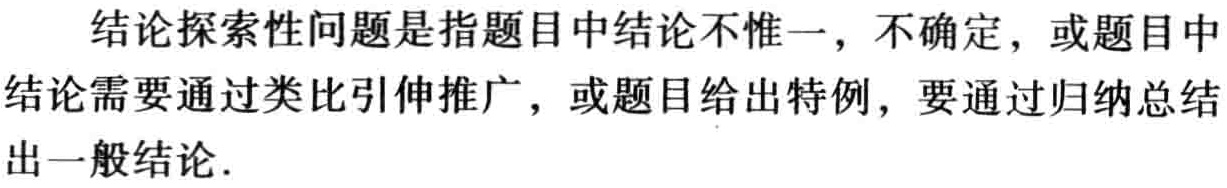
结论探索性问题是指题目中结论不惟一，不确定，或题目中结论需要通过类比引伸推广，或题目给出特例，要通过归纳总结出一般结论.